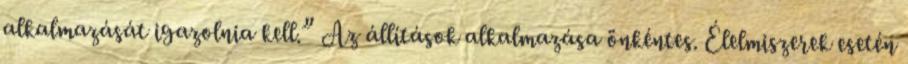
alkalmazását igazolnia kell.” Az állítások alkalmazása önkéntes. Élelmiszerek esetén